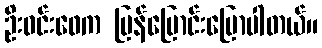
ဦးဝင်းဖေက ပြန်ပြောင်းပြောပါတယ်။